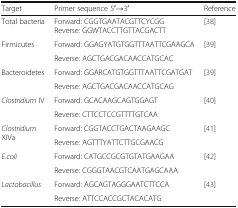
<table><thead><tr><td><b>Target</b></td><td><b>Primer sequence 5′→3′</b></td><td><b>Reference</b></td></tr></thead><tbody><tr><td>Total bacteria</td><td>Forward: CGGTGAATACGTTCYCGGReverse: GGWTACCTTGTTACGACTT</td><td>[38]</td></tr><tr><td rowspan="2">Firmicutes</td><td>Forward: GGAGYATGTGGTTTAATTCGAAGCA</td><td rowspan="2">[39]</td></tr><tr><td>Reverse: AGCTGACGACAACCATGCAC</td></tr><tr><td rowspan="2">Bacteroidetes</td><td>Forward: GGARCATGTGGTTTAATTCGATGAT</td><td rowspan="2">[39]</td></tr><tr><td>Reverse: AGCTGACGACAACCATGCAG</td></tr><tr><td rowspan="2"><i>Clostridium</i> IV</td><td>Forward: GCACAAGCAGTGGAGT</td><td rowspan="2">[40]</td></tr><tr><td>Reverse: CTTCCTCCGTTTTGTCAA</td></tr><tr><td rowspan="2"><i>Clostridium</i> XIVa</td><td>Forward: CGGTACCTGACTAAGAAGC</td><td rowspan="2">[41]</td></tr><tr><td>Reverse: AGTTTYATTCTTGCGAACG</td></tr><tr><td rowspan="2"><i>E.coli</i></td><td>Forward: CATGCCGCGTGTATGAAGAA</td><td rowspan="2">[42]</td></tr><tr><td>Reverse: CGGGTAACGTCAATGAGCAAA</td></tr><tr><td rowspan="2"><i>Lactobacillus</i></td><td>Forward: AGCAGTAGGGAATCTTCCA</td><td rowspan="2">[43]</td></tr><tr><td>Reverse: ATTCCACCGCTACACATG</td></tr></tbody></table>